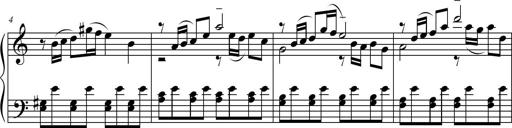
Title: Suite in the Old Style
Composer: Tyler Versluis